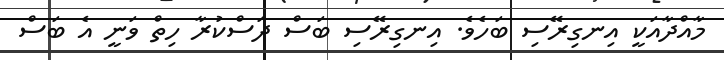
މާއްދާއަކީ އިނގިރޭސި ބަހެވެ. އިނގިރޭސި ބަސް ދަސްކުރާ ހިތް ވަނީ އެ ބަސް